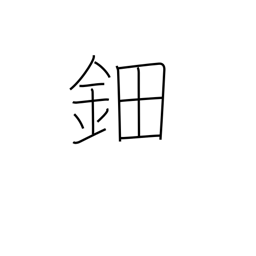
Meaning: ornamental hairpiece